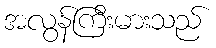
အလွန်ကြီးမားသည်